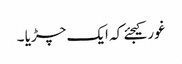
غور کیجئے کہ ایک چڑیا ۔